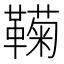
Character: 𬰩